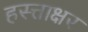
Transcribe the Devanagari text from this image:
हस्त्ताक्षर